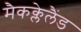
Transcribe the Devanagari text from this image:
मैकक्लेलैंड